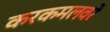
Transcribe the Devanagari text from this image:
करकमलवरे